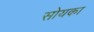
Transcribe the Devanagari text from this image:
सोयका